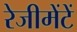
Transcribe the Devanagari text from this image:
रेजीमेंटें